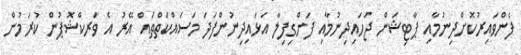
ފެންވައިރުކޮށްދިނުމާއި ޕާޓިޝަން ޖަހައިދިނުމާއި ފަންގިފިލާ އަޅައިދިނުންފަދަ މަސައްކަތްތައް އޭރު އެ ވަރކްޝޮޕުން ކުރަމުން